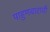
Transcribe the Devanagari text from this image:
पाहुणचाराची